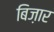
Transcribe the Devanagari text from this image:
बिज़ार